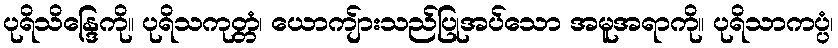
ပုရိသိန္ဒြေကို။ ပုရိသကုတ္တံ၊ ယောကျ်ားသည်ပြုအပ်သော အမူအရာကို။ ပုရိသာကပ္ပံ၊